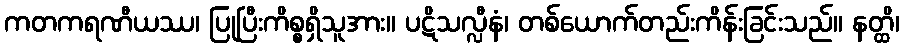
ကတကရဏီယဿ၊ ပြုပြီးကိစ္စရှိသူအား။ ပဋိသလ္လီနံ၊ တစ်ယောက်တည်းကိန်းခြင်းသည်။ နတ္ထိ၊